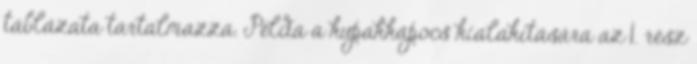
táblázata tartalmazza. Példa a kupakkapocs kialakítására az 1. rész